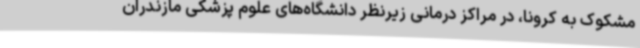
مشکوک به کرونا، در مراکز درمانی زیرنظر دانشگاه‌های علوم پزشکی مازندران